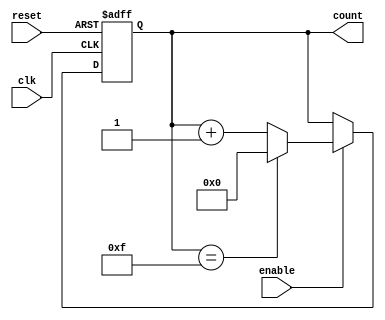
module async_counter #(
    parameter N = 15    // Maximum count value (N), can be changed as needed
)(
    input wire clk,     // Clock input
    input wire reset,   // Asynchronous reset
    input wire enable,  // Enable input
    output reg [3:0] count // Output count (4 bits to represent values up to N=15)
);

// Always block triggered by the clock for counting and reset
always @(posedge clk or posedge reset) begin
    if (reset) begin
        count <= 4'b0000; // Reset count to 0
    end else if (enable) begin
        if (count == N) begin
            count <= 4'b0000; // Wrap around to 0 if maximum count reached
        end else begin
            count <= count + 1; // Increment count
        end
    end
end

endmodule